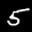
Label: 5